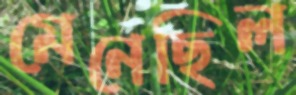
মেনেছিল